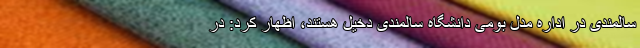
سالمندی در اداره مدل بومی دانشگاه سالمندی دخیل هستند، اظهار کرد: در